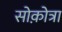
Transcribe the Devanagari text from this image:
सोक़ोत्रा